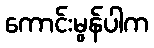
ကောင်းမွန်ပါက